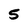
Character: 5